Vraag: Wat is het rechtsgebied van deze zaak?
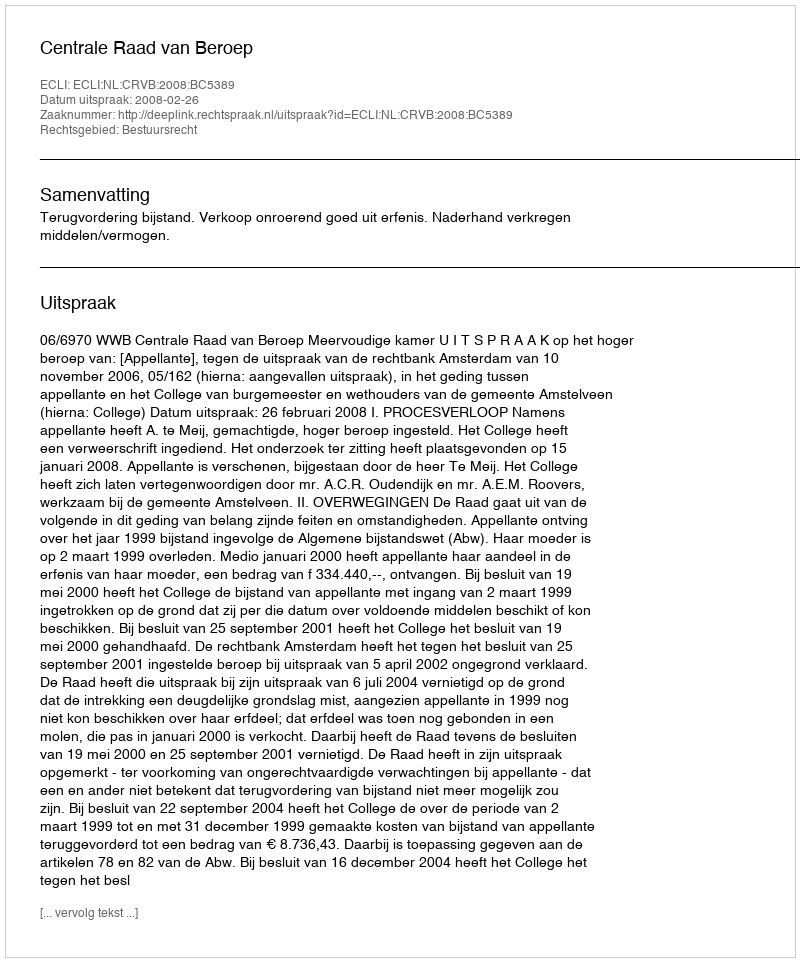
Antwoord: Bestuursrecht